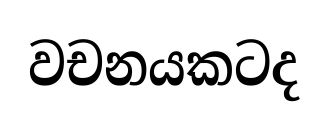
වචනයකටද